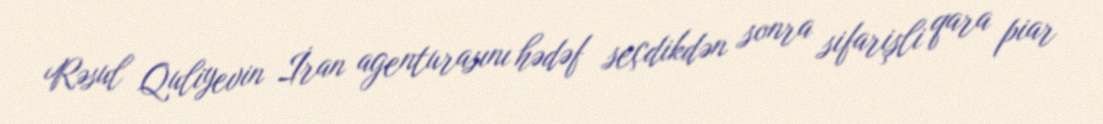
Rəsul Quliyevin İran agenturasını hədəf seçdikdən sonra sifarişli qara piar